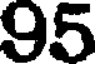
95